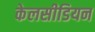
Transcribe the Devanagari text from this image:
केलसीडियन